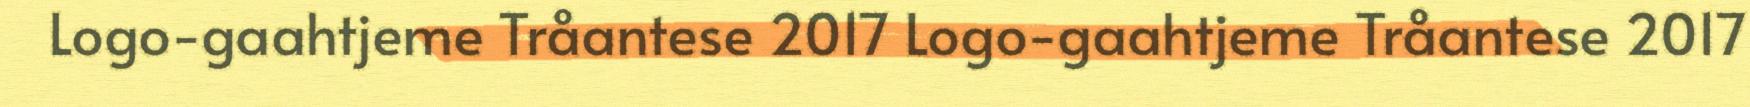
Logo-gaahtjeme Tråantese 2017 Logo-gaahtjeme Tråantese 2017